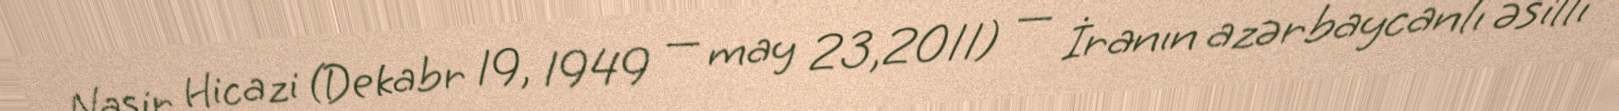
Nasir Hicazi (Dekabr 19, 1949 — may 23,2011) — İranın azərbaycanlı əsilli